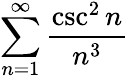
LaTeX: \displaystyle\sum_{n=1}^{\infty}{\frac{\csc^{2}n}{n^{3}}}